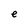
Character: e